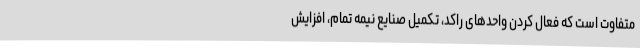
متفاوت است که فعال کردن واحدهای راکد، تکمیل صنایع نیمه تمام، افزایش